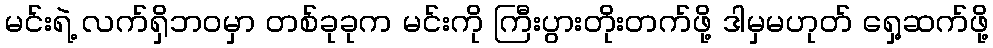
မင်းရဲ့ လက်ရှိဘ၀မှာ တစ်ခုခုက မင်းကို ကြီးပွားတိုးတက်ဖို့ ဒါမှမဟုတ် ရှေ့ဆက်ဖို့